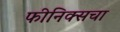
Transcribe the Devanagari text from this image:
फीनिक्सचा